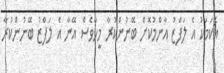
އެކަމަކު އެ ލަފްޒު އާންމުކޮށް ބޭނުންކުރާ މީހާވެސް އޭނާ އެ ލަފްޒު ބޭނުންކުރާ